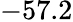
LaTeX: -57.2